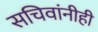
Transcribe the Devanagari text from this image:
सचिवांनीही